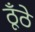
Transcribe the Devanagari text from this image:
ठूँठे